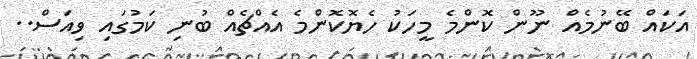
އަކައް ބޭނުމެއް ނޫން ކޮންމެ މީހަކު ހެޔޮކޮންމެ އެއްޗެއް ބުނި ކަމުގައި ވިއަސް..